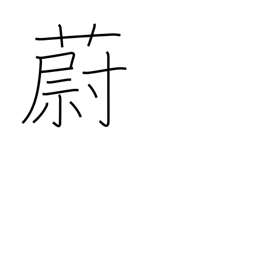
Meaning: dense growth